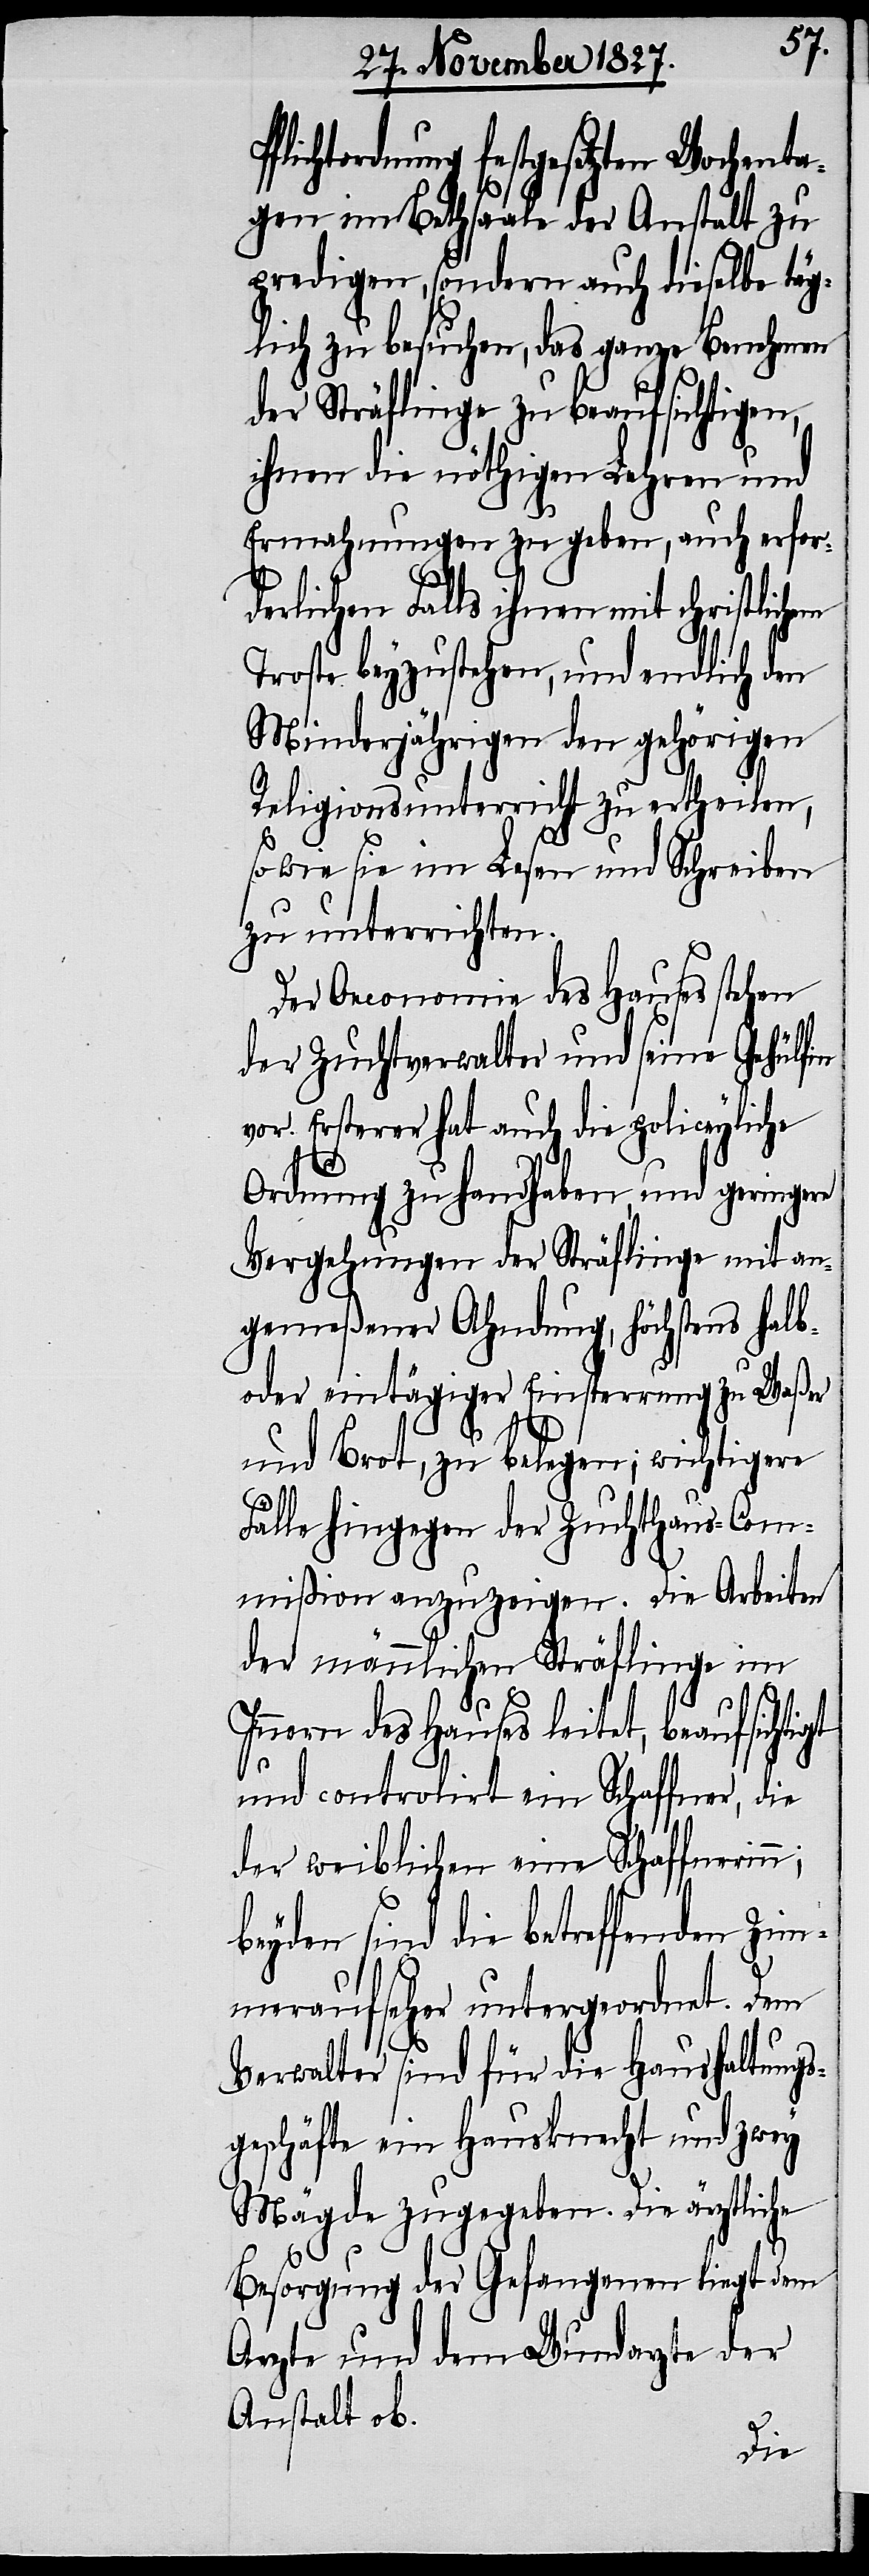
flichtordnung festgesetzten Wochenta¬
gen im Bethsaale der Anstalt zu
predigen, sondern auch dieselbe täg¬
lich zu besuchen, das ganze Benehmen
der Sträflinge zu beaufsichtigen,
ihnen die nöthigen Lehren und
Ermahnungen zu geben, auch erfor¬
derlichen Falls ihnen mit christlichem
Troste beyzustehen, und endlich den
Minderjährigen den gehörigen
Religionsunterricht zu ertheilen,
so wie sie im Lesen und Schreiben
zu unterrichten.
Der Oeconomie des Hauses stehen
der Zuchtverwalter und seine Gehülfin
vor. Ersterer hat auch die policeyliche
Ordnung zu handhaben, und geringere
Vergehungen der Sträflinge mit an¬
gemeßener Ahndung, höchstens halb-
oder eintägiger Einsperrung zu Waßer
P¬
und Brot, zu belegen; wichtigere
Fälle hingegen der Zuchthaus-Com¬
mißion anzuzeigen. Die Arbeiten
der männlichen Sträflinge im
Innern des Hauses leitet, beaufsichti¬
und controlirt ein Schaffner, die
der weiblichen eine Schaffnerin;
beyden sind die betreffenden Zim¬
meraufseher untergeordnet. Dem
Verwalter sind für die Haushaltungs¬
geschäfte ein Hausknecht und zwey
Mägde zugegeben. Die ärztliche
gt
Besorgung der Gefangenen liegt dem
Arzte und dem Wundarzte der
Anstalt ob.